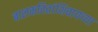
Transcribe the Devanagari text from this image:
बालकवितांशिवायच्या